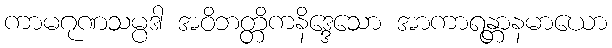
ကာမဂုဏသမ္ပဒါ အဝိဘတ္တိကနိဒ္ဒေသော အာကာရန္တာနမာယော